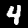
Label: 4